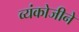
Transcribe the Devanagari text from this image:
व्यंकोजीने